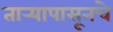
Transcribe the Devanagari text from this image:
तार्‍यापासूनचे